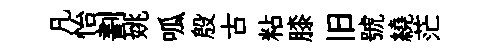
凡怡劃姚呱殷古粘膝旧號繞茫